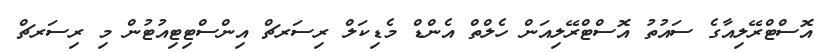
އޮސްޓްރޭލިއާގެ ސައުތު އޮސްޓްރޭލިއަން ހެލްތް އެންޑް މެޑިކަލް ރިސަރޗް އިންސްޓިޓިއުޓުން މި ރިސަރޗް